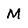
Character: M